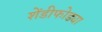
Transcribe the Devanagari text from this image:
शेंडीफोड्या